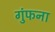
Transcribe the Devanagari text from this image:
गुंफना